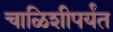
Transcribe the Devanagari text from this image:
चाळिशीपर्यंत